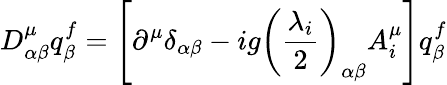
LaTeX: D_{\alpha\beta}^{\mu}q_{\beta}^{f}=\left[\partial^{\mu}\delta_{\alpha\beta}-ig\left(\frac{\lambda_{i}}{2}\right)_{\alpha\beta}A_{i}^{\mu}\right]q_{\beta}^{f}